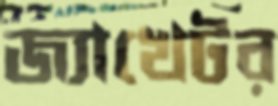
জ্যাখেটর